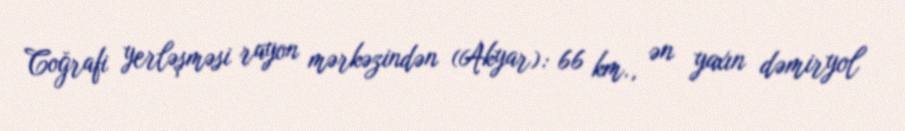
Coğrafi yerləşməsi rayon mərkəzindən (Akyar): 66 km., ən yaxın dəmiryol